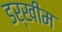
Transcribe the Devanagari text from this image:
डर्खीम